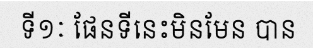
ទី១ៈ ផែនទីនេះមិនមែន បាន